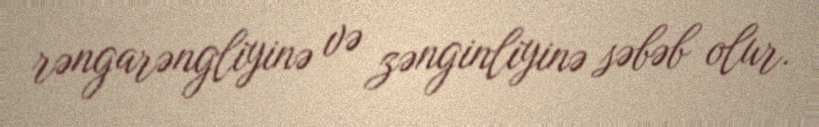
rəngarəngliyinə və zənginliyinə səbəb olur.